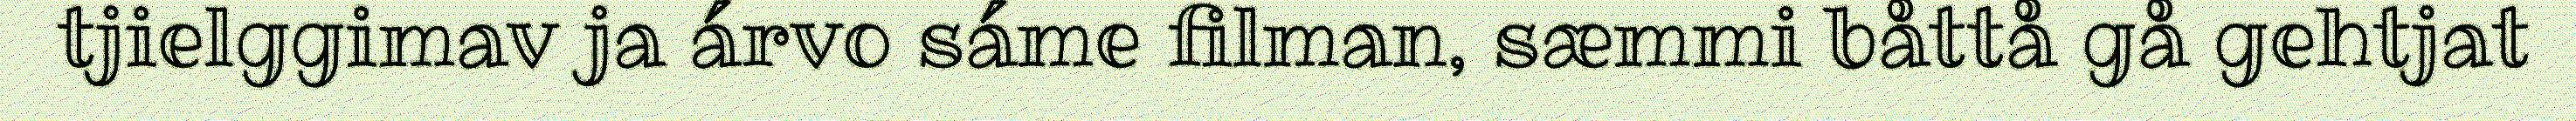
tjielggimav ja árvo sáme filman, sæmmi båttå gå gehtjat